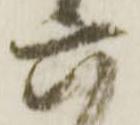
六